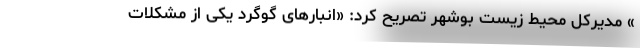
» مدیرکل محیط زیست بوشهر تصریح کرد: «انبارهای گوگرد یکی از مشکلات